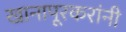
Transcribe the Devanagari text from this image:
खानापूरकरांनी